Vaccination in the Punjab 1919-1929 - 1919-1929
Year: 1919
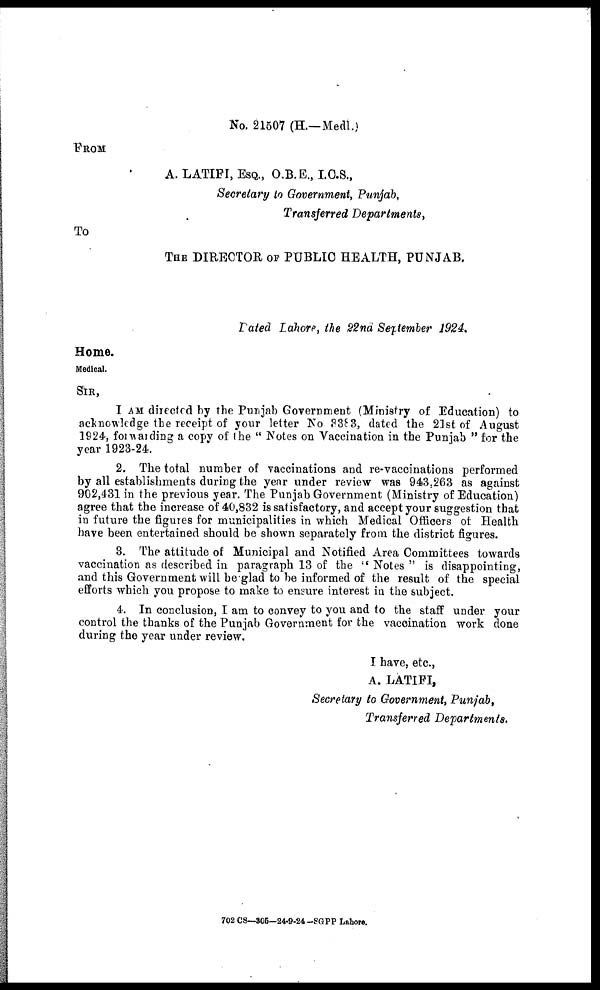
No. 21507 (H.—Medl.)
FROM
A. LATIFI, ESQ., O.B.E., I.O.S.,
Secretary to Government, Punjab,
Transferred Departments,
To
THE DIRECTOR OF PUBLIC HEALTH, PUNJAB.
Dated Lahore, the 22nd September 1924.
Home.
Medical.
SIR,
I AM directed by the Punjab Government (Ministry of Education) to
acknowledge the receipt of your letter No. 3383, dated the 21st of August
1924, forwrding a copy of the " Notes on Vaccination in the Punjab " for the
year 1923-24.
2. The total number of vaccinations and re-vaccinations performed
by all establishments during the year under review was 943.263 as against
902,431 in the previous year. The Punjab Government (Ministry of Education)
agree that the increase of 40,832 is satisfactory, and accept your suggestion that
in future the figures for municipalities in which Medical Officers of Health
have been entertained should be shown separately from the district figures.
3. The attitude of Municipal and Notified Area Committees towards
vaccination as described in paragraph 13 of the " Notes " is disappointing,
and this Government will be glad to be informed of the result of the special
efforts which you propose to make to ensure interest in the subject.
4. In conclusion, I am to convey to you and to the staff under your
control the thanks of the Punjab Government for the vaccination work done
during the year under review.
I have, etc.,
A. LATIFI,
Secretary to Government, Punjab,
Transferred Departments.
702 CS—305—24-9-24-SGPP Lahore.